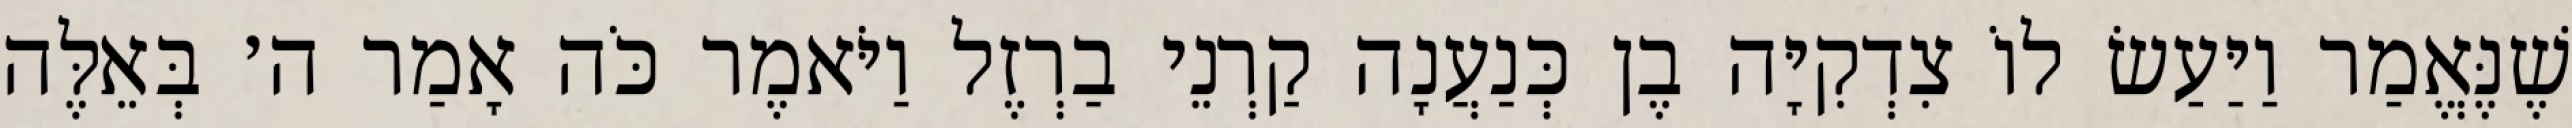
שֶׁנֶּאֱמַר וַיַּעַשׂ לוֹ צִדְקִיָּה בֶן כְּנַעֲנָה קַרְנֵי בַרְזֶל וַיֹּאמֶר כֹּה אָמַר ה׳ בְּאֵלֶּה